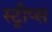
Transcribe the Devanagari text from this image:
स्ट्रीप्स